Investigations into the jail dietaries of the United Provinces with some observations on the influence of dietary on the physical development and well-being of the people of the United Provinces - Number 48
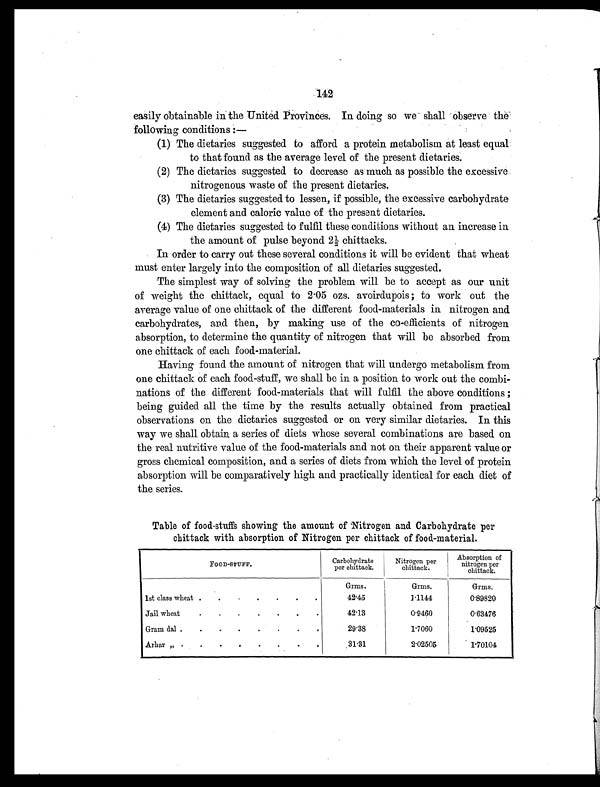
142
easily obtainable in the United Provinces. In doing so we shall observe the
following conditions :
—
(1) The dietaries suggested to afford a protein metabolism at least equal
to that found as the average level of the present dietaries.
(2) The dietaries suggested to decrease as much as possible the excessive
nitrogenous waste of the present dietaries.
(3) The dietaries suggested to lessen, if possible, the excessive carbohydrate
element and caloric value of the present dietaries.
(4) The dietaries suggested to fulfil these conditions without an increase in
the amount of pulse beyond 2½ chittacks.
In order to carry out these several conditions it will be evident that wheat
must enter largely into the composition of all dietaries suggested.
The simplest way of solving the problem will be to accept as our unit
of weight the chittack, equal to 2.05 ozs. avoirdupois ; to work out the
average value of one chittack of the different food-materials in nitrogen and
carbohydrates, and then, by making use of the co-efficients of nitrogen
absorption, to determine the quantity of nitrogen that will be absorbed from
one chittack of each food-material.
Having found the amount of nitrogen that will undergo metabolism from
one chittack of each food-stuff, we shall be in a position to work out the combi-
nations of the different food-materials that will fulfil the above conditions ;
being guided all the time by the results actually obtained from practical
observations on the dietaries suggested or on very similar dietaries. In this
way we shall obtain a series of diets whose several combinations are based on
the real nutritive value of the food-materials and not on their apparent value or
gross chemical composition, and a series of diets from which the level of protein
absorption will be comparatively high and practically identical for each diet of
the series.
Table of food-stuffs showing the amount of Nitrogen and Carbohydrate per
chittack with absorption of Nitrogen per chittack of food-material.
FOOD-STUFF.
Carbohydrate
per chittack.
Nitrogen per
chittack.
Absorption of
nitrogen per
chittack.
Grms.
Grms.
Grms.
1st class wheat .
.
.
.
.
.
.
42.45
1.1144
0.89820
Jail wheat
.
.
.
.
.
.
.
42.13
0.9460
0.63476
Gram dal .
.
.
.
.
.
.
.
29.38
1.7060
1.09525
Arhar „ .
.
.
.
.
.
.
.
31.31
2.02505
1.70104